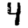
Digit: 4